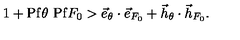
1 + \mathrm { P f } \theta \ \mathrm { P f } F _ { 0 } > \vec { e } _ { \theta } \cdot \vec { e } _ { F _ { 0 } } + \vec { h } _ { \theta } \cdot \vec { h } _ { F _ { 0 } } .